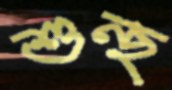
শুন্ছ